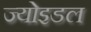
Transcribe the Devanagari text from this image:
ज्योइडल